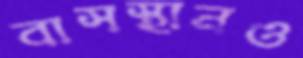
বাসস্থানও